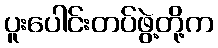
ပူးပေါင်းတပ်ဖွဲ့တို့က